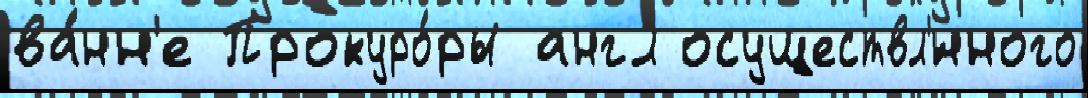
ва́нн'е Прокуро́ры англ осуществл'́нного